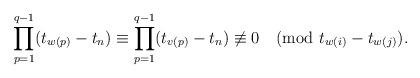
LaTeX: \begin{align*} \displaystyle \prod_{p=1}^{q-1} (t_{w(p)}-t_n) \equiv \displaystyle \prod_{p=1}^{q-1} (t_{v(p)}-t_n) \not\equiv 0 \ \ \ ({\rm mod} \ t_{w(i)}-t_{w(j)}).\end{align*}